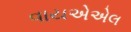
વાયએએલ